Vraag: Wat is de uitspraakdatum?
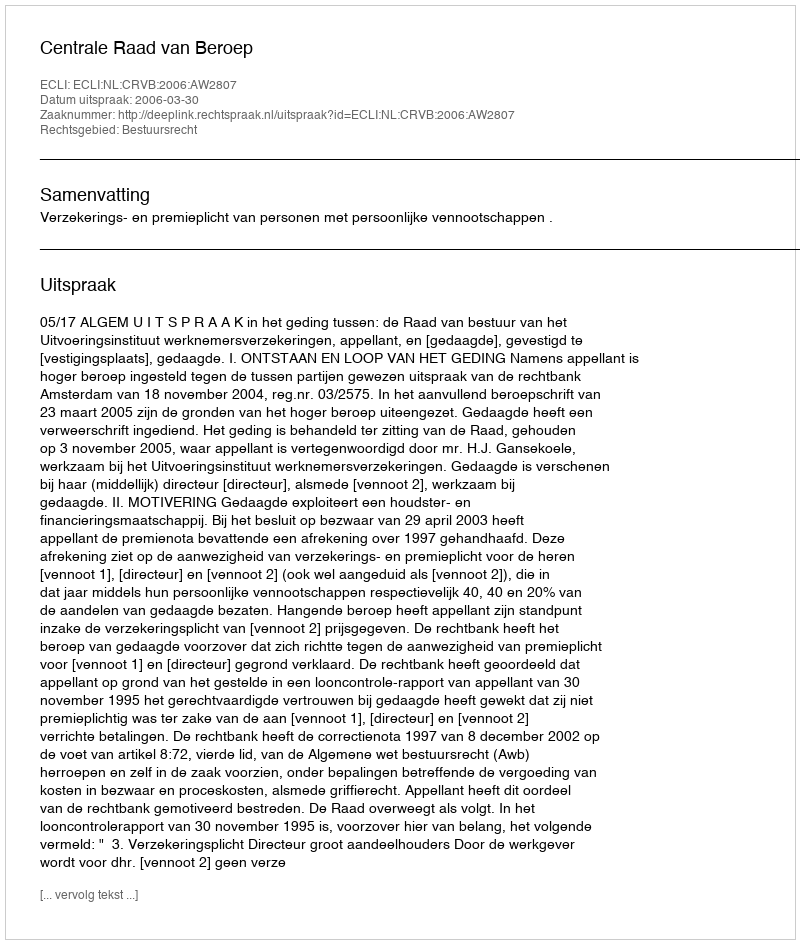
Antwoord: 2006-03-30